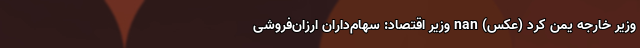
وزیر خارجه یمن کرد (عکس) nan وزیر اقتصاد: سهام‌داران ارزان‌فروشی